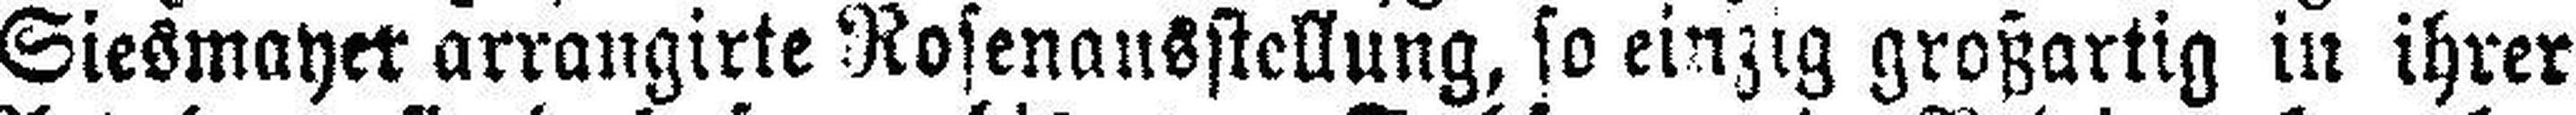
Siesmayer arrangirte Rosenausstellung, so einzig großartig in ihrer